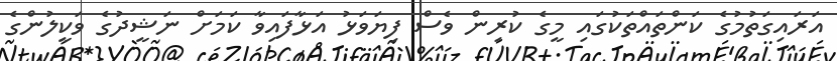
އަރައިގަތުމުގެ ކަންތައްތަކުގައި މީގެ ކުރިން ވެސް ފިޔަވަޅު އަޅާފައިވާ ކަމަށް ނަޝީދުގެ ވަކީލުންގެ